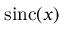
\operatorname { s i n c } ( x )